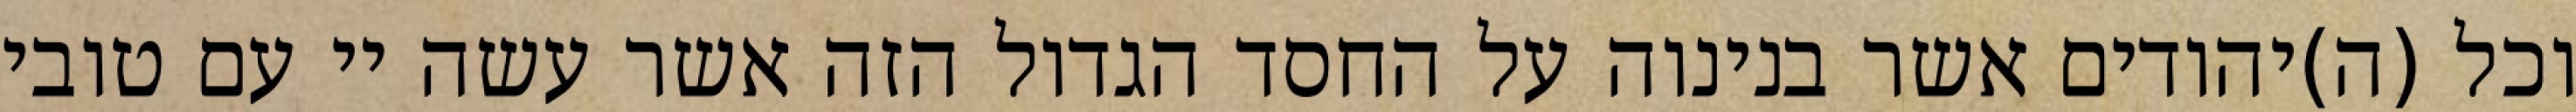
וכל (ה)יהודים אשר בנינוה על החסד הגדול הזה אשר עשה יי עם טובי